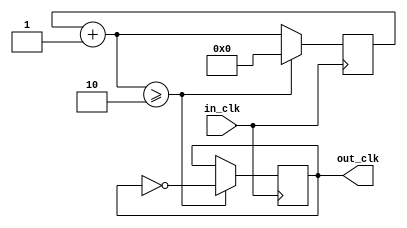
`timescale 1ns / 1ps
//////////////////////////////////////////////////////////////////////////////////
// Company: 
// 
// Design Name: 
// Module Name: rohans_clock_divider
// Project Name: 
// Target Devices: 
// Tool Versions: 
// Description: 
// 
// Dependencies: 
// 
// Revision:
// Revision 0.01 - File Created
// Additional Comments:
// 
//////////////////////////////////////////////////////////////////////////////////


module rohans_clock_divider(
    input in_clk, 
    output reg out_clk = 0     //25 MHz
    );
	
	reg[27:0] count = 28'd0;
	
	parameter DIVISOR = 28'd3;

	
	always @(posedge in_clk)
	begin
		count = count + 1;
		if (count >= DIVISOR-1) begin
		  count <= 0;
		  out_clk <= ~out_clk;
		end
	end
endmodule